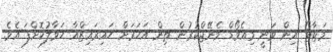
މަޓާޓޯ އިން ވަނީ މިއެވޯޑް މެނޭޖްކުރުން ތިން އަހަރަށް ހައިރައިޒްއާ ހަވާލުކޮށްފަ އެވެ.